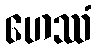
ဟေဿံ